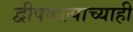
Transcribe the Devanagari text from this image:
द्वीपकल्पाच्याही